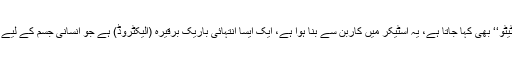
اس اسٹیکر کو ’’نینوٹیک ٹیٹو‘‘ بھی کہا جاتا ہے، یہ اسٹیکر میں کاربن سے بنا ہوا ہے، ایک ایسا انتہائی باریک برقیرہ (الیکٹروڈ) ہے جو انسانی جسم کے لیے بالکل بے ضرر بھی ہے۔